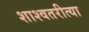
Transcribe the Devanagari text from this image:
शाश्वतरीत्या